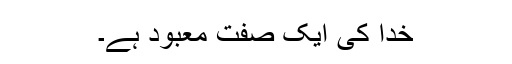
خدا کی ایک صفت معبود ہے۔